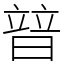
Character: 暜